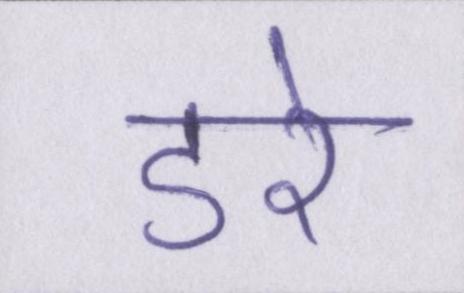
डरे